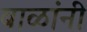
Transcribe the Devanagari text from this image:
बाळांनी